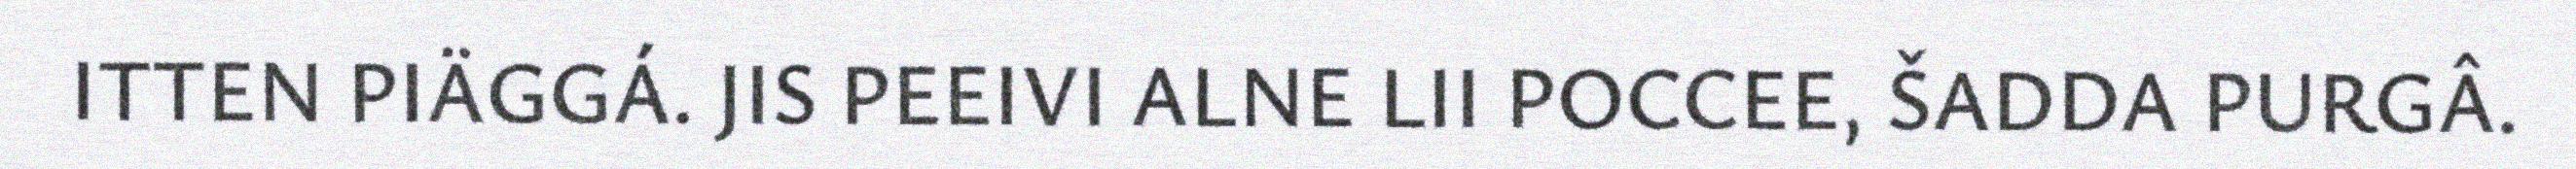
ITTEN PIÄGGÁ. JIS PEEIVI ALNE LII POCCEE, ŠADDA PURGÂ.